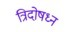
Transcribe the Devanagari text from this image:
त्रिदोषध्न